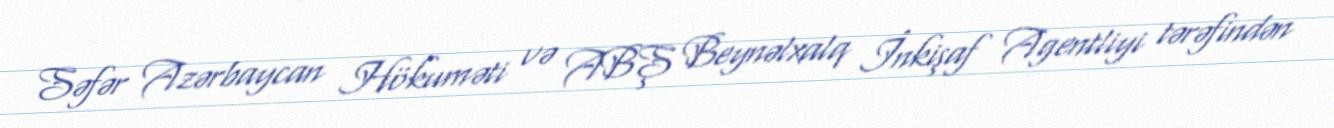
Səfər Azərbaycan Hökuməti və ABŞ Beynəlxalq İnkişaf Agentliyi tərəfindən